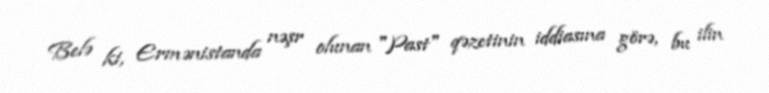
Belə ki, Ermənistanda nəşr olunan "Past" qəzetinin iddiasına görə, bu ilin